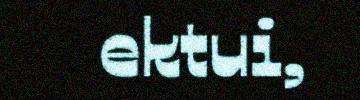
ektui,